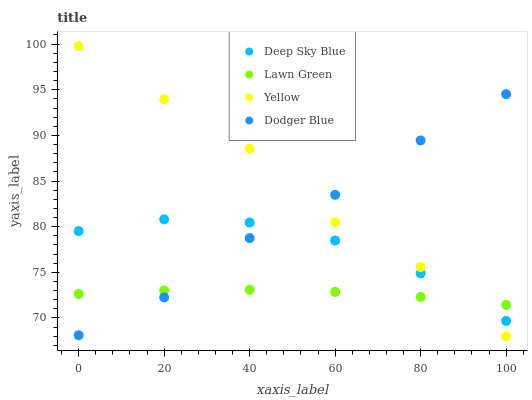
| xaxis_label | Deep Sky Blue | Lawn Green | Yellow | Dodger Blue |
 | --- | --- | --- | --- | --- |
 | 0 | 79.5 | 72.6 | 99.8 | 68.1 |
 | 20 | 80.8 | 73 | 94 | 72.3 |
 | 40 | 80.5 | 73.1 | 88.6 | 78.8 |
 | 60 | 78.5 | 72.9 | 80.5 | 83.5 |
 | 80 | 74.9 | 72.3 | 75.6 | 89.5 |
 | 100 | 69.7 | 71.4 | 68 | 94.5 |